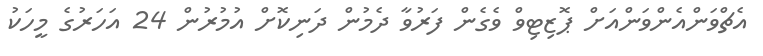
އެޗްވަންއެންވަންއަށް ޕޮޒިޓިވް ވެގެން ފަރުވާ ދެމުން ދަނިކޮށް އުމުރުން 24 އަހަރުގެ މީހަކު